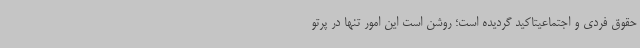
حقوق فردی و اجتماعیتاکید گردیده است؛ روشن است این امور تنها در پرتو